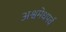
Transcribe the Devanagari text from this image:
अश्वमेधपर्व